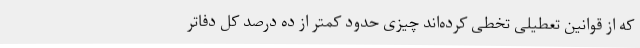
که از قوانین تعطیلی تخطی کرده‌اند چیزی حدود کمتر از ده درصد کل دفاتر